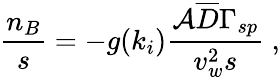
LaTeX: \frac{n_{B}}{s}=-g(k_{i})\frac{{\cal A}\overline{{{D}}}\Gamma_{sp}}{v_{w}^{2}s}\ ,